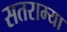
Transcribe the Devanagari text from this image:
सतराम्या